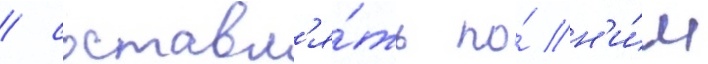
/ составл'я́ть по́ н'и́м